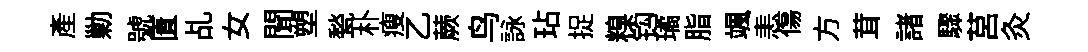
産勦號匱乩女聞塑甃朴瘦乙蕨鸟詠玷捉糗钩璚脂颯恚傷方茸諸驟莒灸